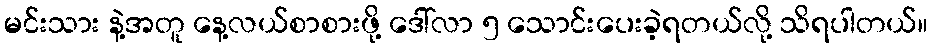
မင်းသား နဲ့အတူ နေ့လယ်စာစားဖို့ ဒေါ်လာ ၅ သောင်းပေးခဲ့ရတယ်လို့ သိရပါတယ်။